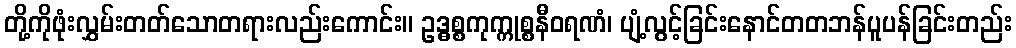
တို့ကိုဖုံးလွှမ်းတတ်သောတရားလည်းကောင်း။ ဥဒ္ဓစ္စကုက္ကုစ္စနီဝရဏံ၊ ပျံ့လွင့်ခြင်းနောင်တတဘန်ပူပန်ခြင်းတည်း